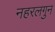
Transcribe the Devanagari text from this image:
नहरलगुन